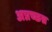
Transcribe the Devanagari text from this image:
अप्रच्छन्न